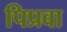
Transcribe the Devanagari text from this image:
पिप्रवा